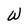
Character: W